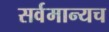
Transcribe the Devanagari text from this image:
सर्वमान्यच